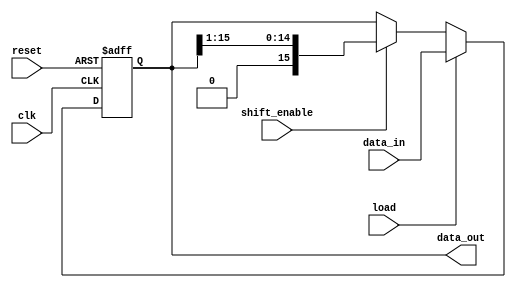
`timescale 1ns/1ns

module shift_register(
    input clk,
    input [15:0] data_in,
    input shift_enable,
    input load,
    input reset,

    output [15:0] data_out
    );

    reg [15:0] register;

    always @(negedge clk or posedge reset) begin
        if (reset)
            register <= 0;
        else if (load)
            register <= data_in;
            
        else if (shift_enable)
            register <= {1'b0,register[15:1]};
    end

    assign data_out = register;

endmodule